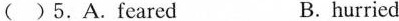
( )5.A.Feared B. hurried